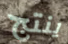
ينتج